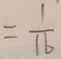
= \frac { 1 } { 1 6 }